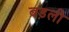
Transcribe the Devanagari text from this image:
बड़ली